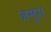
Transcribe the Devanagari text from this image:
जमुस